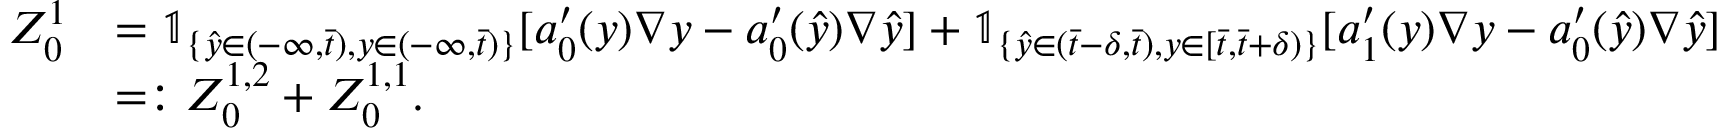
\begin{array} { r l } { Z _ { 0 } ^ { 1 } } & { = \mathbb { 1 } _ { \{ \hat { y } \in ( - \infty , \bar { t } ) , y \in ( - \infty , \bar { t } ) \} } [ a _ { 0 } ^ { \prime } ( y ) \nabla y - a _ { 0 } ^ { \prime } ( \hat { y } ) \nabla \hat { y } ] + \mathbb { 1 } _ { \{ \hat { y } \in ( \bar { t } - \delta , \bar { t } ) , y \in [ \bar { t } , \bar { t } + \delta ) \} } [ a _ { 1 } ^ { \prime } ( y ) \nabla y - a _ { 0 } ^ { \prime } ( \hat { y } ) \nabla \hat { y } ] } \\ & { = : Z _ { 0 } ^ { 1 , 2 } + Z _ { 0 } ^ { 1 , 1 } . } \end{array}